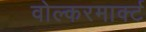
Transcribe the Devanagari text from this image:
वोल्करमार्क्ट